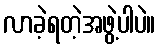
လာခဲ့ရတဲ့အဖွဲ့ပါပဲ။